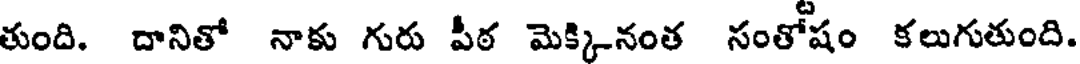
తుంది. దానితో నాకు గురు పీఠ మెక్కినంత సంతోషం కలుగుతుంది.